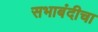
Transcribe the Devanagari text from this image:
सभाबंदीचा